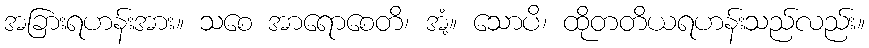
အခြားရဟန်းအား။ သစေ အာရောစေတိ၊ အံ့။ သောပိ၊ ထိုတတိယရဟန်းသည်လည်း။